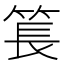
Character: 𥮲